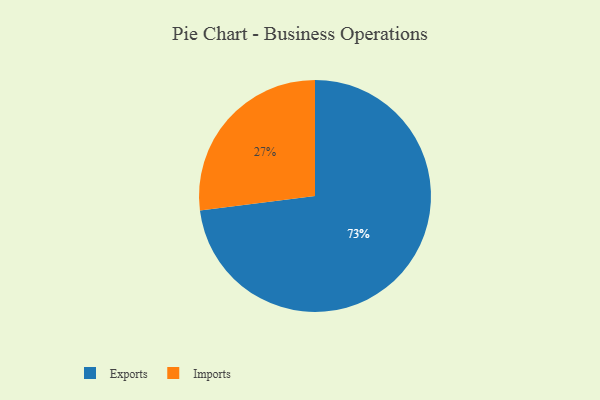
{"axis": {"x": "Category", "y": "Percentage"}, "legend": ["Exports", "Imports"], "data": [{"x": "Imports", "y": 27, "type": "Imports"}, {"x": "Exports", "y": 73, "type": "Exports"}]}